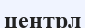
центрл